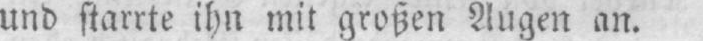
und starrte ihn mit großen Augen an.